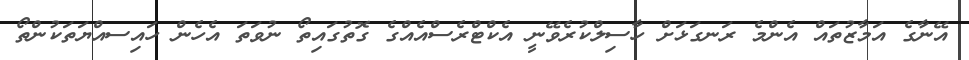
އޭނާގެ އަމާޒުތައް އެންމެ ރަނގަޅަށް ހާސިލްކުރެވޭނީ އެކްޓްރެސްއެއްގެ ގޮތުގައިތޯ ނުވަތަ އެހެން ހައިސއްޔަތަކުންތޯ